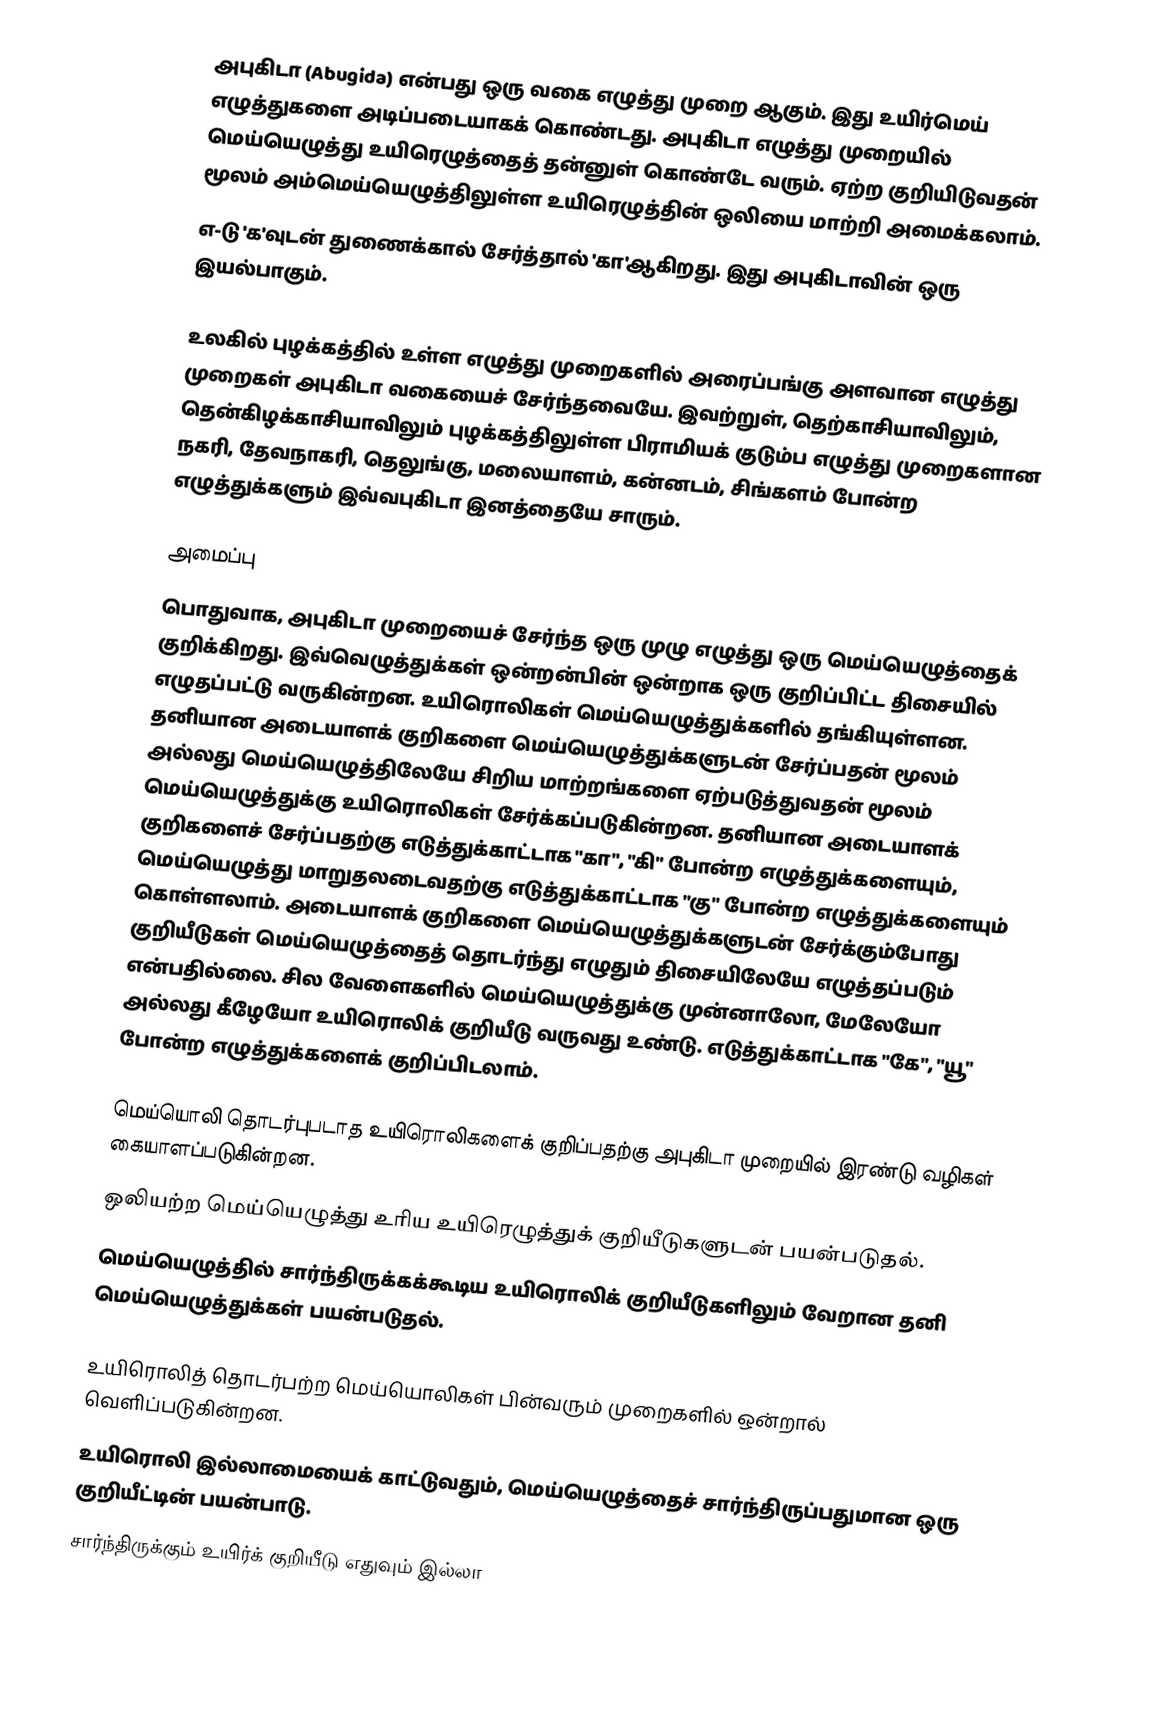
அபுகிடா (Abugida) என்பது ஒரு வகை எழுத்து முறை ஆகும். இது உயிர்மெய் எழுத்துகளை அடிப்படையாகக் கொண்டது. அபுகிடா எழுத்து முறையில் மெய்யெழுத்து உயிரெழுத்தைத் தன்னுள் கொண்டே வரும். ஏற்ற குறியிடுவதன் மூலம் அம்மெய்யெழுத்திலுள்ள உயிரெழுத்தின் ஒலியை மாற்றி அமைக்கலாம்.
எ-டு 'க'வுடன் துணைக்கால் சேர்த்தால் 'கா'ஆகிறது. இது அபுகிடாவின் ஒரு இயல்பாகும்.

உலகில் புழக்கத்தில் உள்ள எழுத்து முறைகளில் அரைப்பங்கு அளவான எழுத்து முறைகள் அபுகிடா வகையைச் சேர்ந்தவையே. இவற்றுள், தெற்காசியாவிலும், தென்கிழக்காசியாவிலும் புழக்கத்திலுள்ள பிராமியக் குடும்ப எழுத்து முறைகளான நகரி, தேவநாகரி, தெலுங்கு, மலையாளம், கன்னடம், சிங்களம் போன்ற எழுத்துக்களும் இவ்வபுகிடா இனத்தையே சாரும்.

அமைப்பு
பொதுவாக, அபுகிடா முறையைச் சேர்ந்த ஒரு முழு எழுத்து ஒரு மெய்யெழுத்தைக் குறிக்கிறது. இவ்வெழுத்துக்கள் ஒன்றன்பின் ஒன்றாக ஒரு குறிப்பிட்ட திசையில் எழுதப்பட்டு வருகின்றன. உயிரொலிகள் மெய்யெழுத்துக்களில் தங்கியுள்ளன. தனியான அடையாளக் குறிகளை மெய்யெழுத்துக்களுடன் சேர்ப்பதன் மூலம் அல்லது மெய்யெழுத்திலேயே சிறிய மாற்றங்களை ஏற்படுத்துவதன் மூலம் மெய்யெழுத்துக்கு உயிரொலிகள் சேர்க்கப்படுகின்றன. தனியான அடையாளக் குறிகளைச் சேர்ப்பதற்கு எடுத்துக்காட்டாக "கா", "கி" போன்ற எழுத்துக்களையும், மெய்யெழுத்து மாறுதலடைவதற்கு எடுத்துக்காட்டாக "கு" போன்ற எழுத்துக்களையும் கொள்ளலாம். அடையாளக் குறிகளை மெய்யெழுத்துக்களுடன் சேர்க்கும்போது குறியீடுகள் மெய்யெழுத்தைத் தொடர்ந்து எழுதும் திசையிலேயே எழுத்தப்படும் என்பதில்லை. சில வேளைகளில் மெய்யெழுத்துக்கு முன்னாலோ, மேலேயோ அல்லது கீழேயோ உயிரொலிக் குறியீடு வருவது உண்டு. எடுத்துக்காட்டாக "கே", "யூ" போன்ற எழுத்துக்களைக் குறிப்பிடலாம்.

மெய்யொலி தொடர்புபடாத உயிரொலிகளைக் குறிப்பதற்கு அபுகிடா முறையில் இரண்டு வழிகள் கையாளப்படுகின்றன.
 ஒலியற்ற மெய்யெழுத்து உரிய உயிரெழுத்துக் குறியீடுகளுடன் பயன்படுதல்.
 மெய்யெழுத்தில் சார்ந்திருக்கக்கூடிய உயிரொலிக் குறியீடுகளிலும் வேறான தனி மெய்யெழுத்துக்கள் பயன்படுதல்.

உயிரொலித் தொடர்பற்ற மெய்யொலிகள் பின்வரும் முறைகளில் ஒன்றால் வெளிப்படுகின்றன.
 உயிரொலி இல்லாமையைக் காட்டுவதும், மெய்யெழுத்தைச் சார்ந்திருப்பதுமான ஒரு குறியீட்டின் பயன்பாடு.
 சார்ந்திருக்கும் உயிர்க் குறியீடு எதுவும் இல்லா